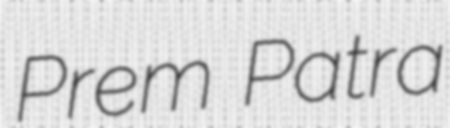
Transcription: Prem Patra